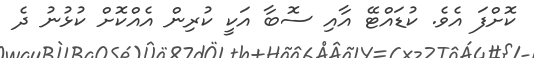
ކޮށްފަ އެވެ. ކުޑައްޓޭ އާއި ސޮބާ އަކީ ކުރިން އެއްކޮށް ކުޅުނު ދެ